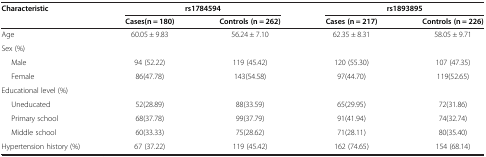
<table><thead><tr><td rowspan="2"><b>Characteristic</b></td><td colspan="2"><b>rs1784594</b></td><td colspan="2"><b>rs1893895</b></td></tr><tr><td><b>Cases(n = 180)</b></td><td><b>Controls (n = 262)</b></td><td><b>Cases (n = 217)</b></td><td><b>Controls (n = 226)</b></td></tr></thead><tbody><tr><td>Age</td><td>60.05 ± 9.83</td><td>56.24 ± 7.10</td><td>62.35 ± 8.31</td><td>58.05 ± 9.71</td></tr><tr><td>Sex (%)</td><td> </td><td> </td><td> </td><td> </td></tr><tr><td>Male</td><td>94 (52.22)</td><td>119 (45.42)</td><td>120 (55.30)</td><td>107 (47.35)</td></tr><tr><td>Female</td><td>86(47.78)</td><td>143(54.58)</td><td>97(44.70)</td><td>119(52.65)</td></tr><tr><td>Educational level (%)</td><td> </td><td> </td><td> </td><td> </td></tr><tr><td>Uneducated</td><td>52(28.89)</td><td>88(33.59)</td><td>65(29.95)</td><td>72(31.86)</td></tr><tr><td>Primary school</td><td>68(37.78)</td><td>99(37.79)</td><td>91(41.94)</td><td>74(32.74)</td></tr><tr><td>Middle school</td><td>60(33.33)</td><td>75(28.62)</td><td>71(28.11)</td><td>80(35.40)</td></tr><tr><td>Hypertension history (%)</td><td>67 (37.22)</td><td>119 (45.42)</td><td>162 (74.65)</td><td>154 (68.14)</td></tr></tbody></table>